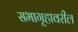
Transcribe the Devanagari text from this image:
सभागृहावरील